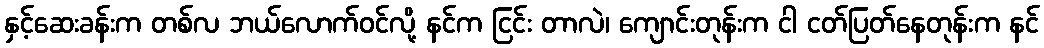
နှင့်ဆေးခန်းက တစ်လ ဘယ်လောက်ဝင်လို့ နင်က ငြင်း တာလဲ၊ ကျောင်းတုန်းက ငါ ငတ်ပြတ်နေတုန်းက နင်